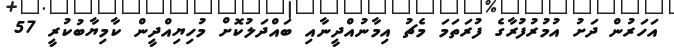
އަހަރުން ދަށު އުމުރުފުރާގެ ފުރަތަމަ މެޗު އިމާނުއްދީނާއި ބައްދަލުކޮށް މުހިޔިއްދީން ކާމިޔާބުކުރީ 57